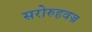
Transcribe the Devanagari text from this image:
सरोरुहवज्र